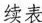
续表